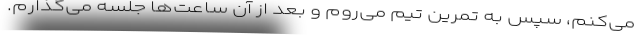
می‌کنم، سپس به تمرین تیم می‌روم و بعد از آن ساعت‌ها جلسه می‌گذارم.